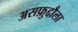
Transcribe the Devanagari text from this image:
असफ़ुद्दौला